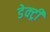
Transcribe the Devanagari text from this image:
डेक्ट्री